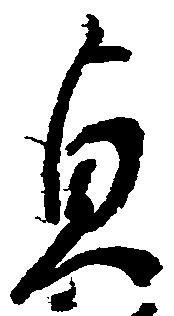
貞